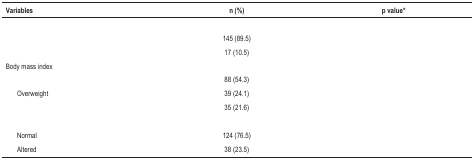
<table><thead><tr><td><b>Variables</b></td><td><b>n (%)</b></td><td><b>p value*</b></td></tr></thead><tbody><tr><td>[EMPTY_CELL]</td><td>[EMPTY_CELL]</td><td>[EMPTY_CELL]</td></tr><tr><td>[EMPTY_CELL]</td><td>145 (89.5)</td><td>[EMPTY_CELL]</td></tr><tr><td>[EMPTY_CELL]</td><td>17 (10.5)</td><td>[EMPTY_CELL]</td></tr><tr><td>Body mass index</td><td>[EMPTY_CELL]</td><td>[EMPTY_CELL]</td></tr><tr><td>[EMPTY_CELL]</td><td>88 (54.3)</td><td>[EMPTY_CELL]</td></tr><tr><td>Overweight</td><td>39 (24.1)</td><td>[EMPTY_CELL]</td></tr><tr><td>[EMPTY_CELL]</td><td>35 (21.6)</td><td>[EMPTY_CELL]</td></tr><tr><td>[EMPTY_CELL]</td><td>[EMPTY_CELL]</td><td>[EMPTY_CELL]</td></tr><tr><td>Normal</td><td>124 (76.5)</td><td>[EMPTY_CELL]</td></tr><tr><td>Altered</td><td>38 (23.5)</td><td>[EMPTY_CELL]</td></tr></tbody></table>